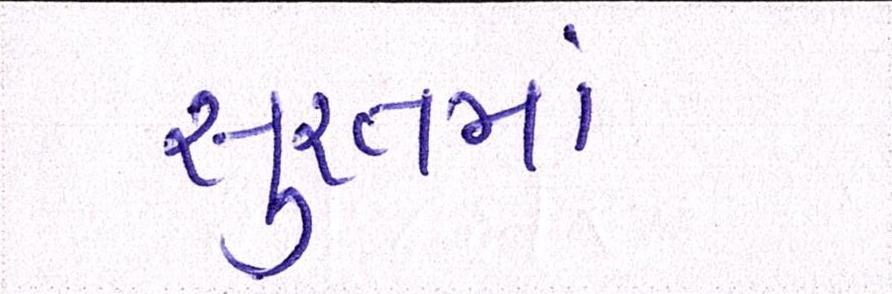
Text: સુરતનાં